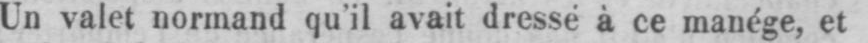
Un valet normand qu’il avait dressé à ce manège, et